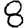
Digit: 8